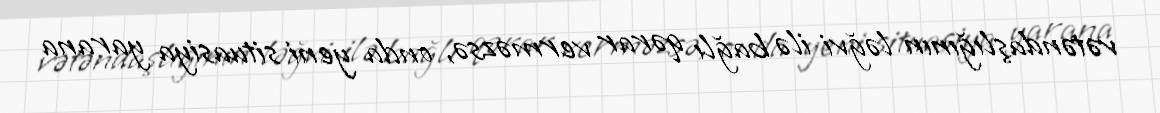
vətəndaşlığının ləğvi ilə bağlı qərar verməzsə, onda yeni situasiya yarana